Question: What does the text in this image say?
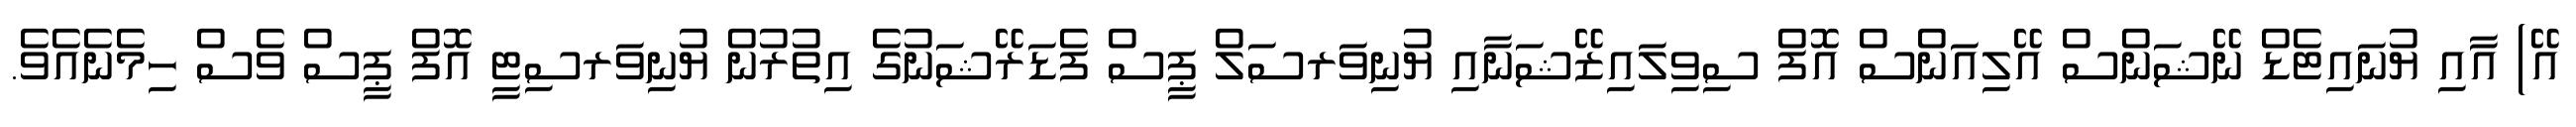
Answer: އޭ) އާއި ޔުނައިޓެޑް ނޭޝަންސް އޭލިއަންސް އޮފް ސިވިލައިޒޭޝަނާއި ޔުނިވަރސަލް ޕީސް ފެޑަރޭޝަނުގެ އިތުރުން ޔުނިވަރސިޓީ އޮފް ޕީސް ވެސް ހިމެނެއެވެ.